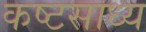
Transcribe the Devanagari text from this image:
कष्‍टसाध्‍य